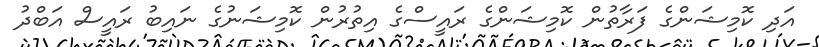
އަދި ކޮމިޝަންގެ ފަރާތުން ކޮމިޝަންގެ ރައީސްގެ އިތުރުން ކޮމިޝަނުގެ ނައިބު ރައީސް އަބްދު